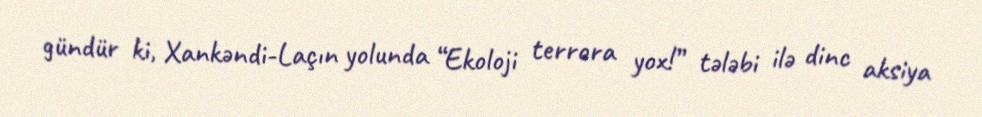
gündür ki, Xankəndi-Laçın yolunda “Ekoloji terrora yox!” tələbi ilə dinc aksiya